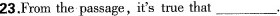
23.From the passage,it's true that___.